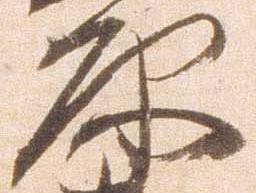
原